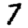
Digit: 7